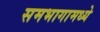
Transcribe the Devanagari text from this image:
समभागामध्ये